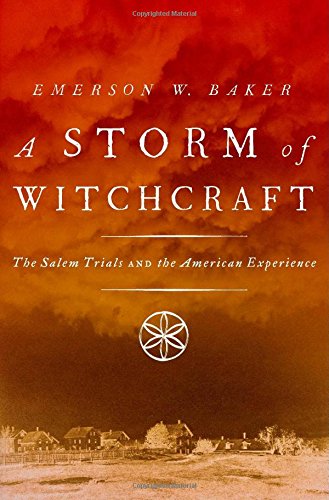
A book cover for A Storm of Witchcraft: The Salem Trials and the American Experience (Pivotal Moments in American History); Emerson W. Baker; Law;